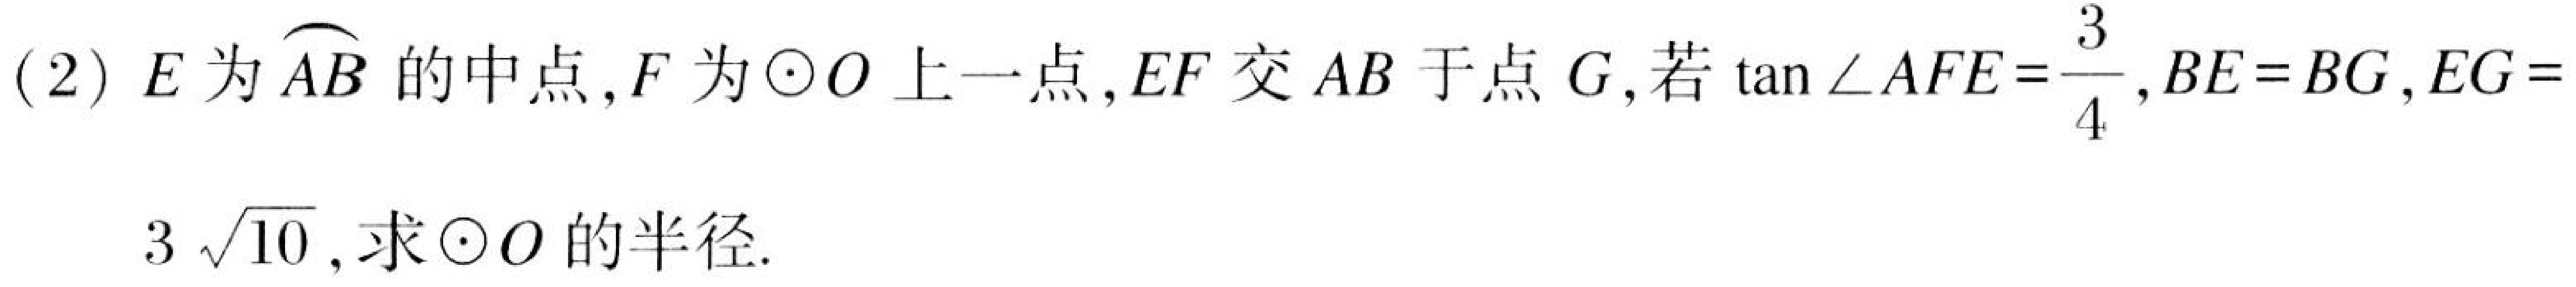
(2)$E$为$\overset{\frown}{AB}$的中点,$F$为$\odot O$上一点,$EF$交$AB$于点$G$,若$\tan\angle AFE = \dfrac{3}{4},BE = BG,EG = 3\sqrt{10}$,求$\odot O$的半径.